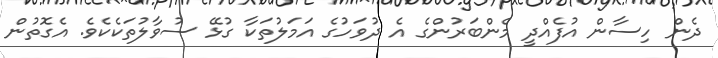
ދެން ހިސާން އުފެއްދީ މެންބަރުންގެ އެ ދުވަހުގެ އަމަލުތަކާ ގުޅޭ ސުވާލުތަކެކެވެ. އެގޮތުން